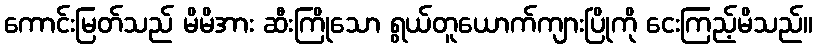
ကောင်းမြတ်သည် မိမိအား ဆီးကြိုသော ရွယ်တူယောက်ကျားပြိုကို ငေးကြည့်မိသည်။